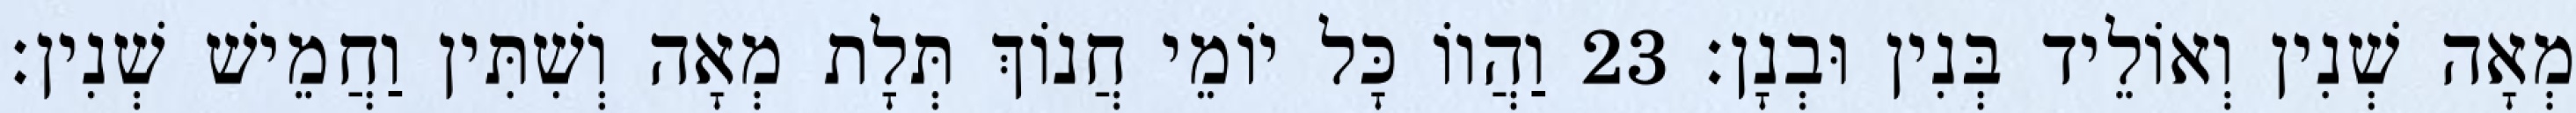
מְאָה שְׁנִין וְאוֹלֵיד בְּנִין וּבְנָן׃ 23 וַהֲווֹ כָּל יוֹמֵי חֲנוֹךְ תְּלָת מְאָה וְשִׁתִּין וַחֲמֵישׁ שְׁנִין׃